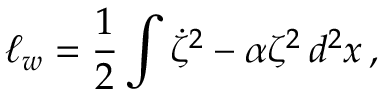
\ell _ { w } = \frac 1 2 \int \dot { \zeta } ^ { 2 } - \alpha \zeta ^ { 2 } \, d ^ { 2 } x \, ,